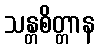
သန္တစိတ္တာန